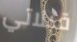
قبلاتي